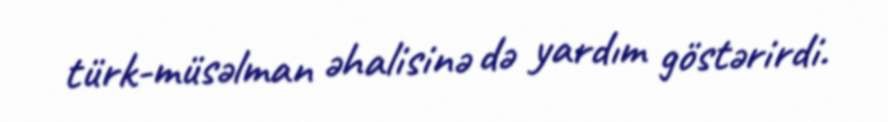
türk-müsəlman əhalisinə də yardım göstərirdi.